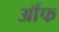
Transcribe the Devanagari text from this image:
र्ऑफ